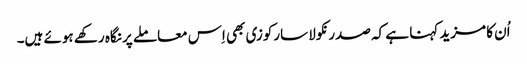
اُن کا مزید کہنا ہے کہ صدر نکولا سارکوزی بھی اِس معاملے پر نگاہ رکھے ہوئے ہیں۔